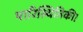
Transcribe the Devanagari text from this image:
पारिस्थितिकी।